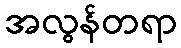
အလွန်တရာ